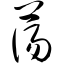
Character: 荡